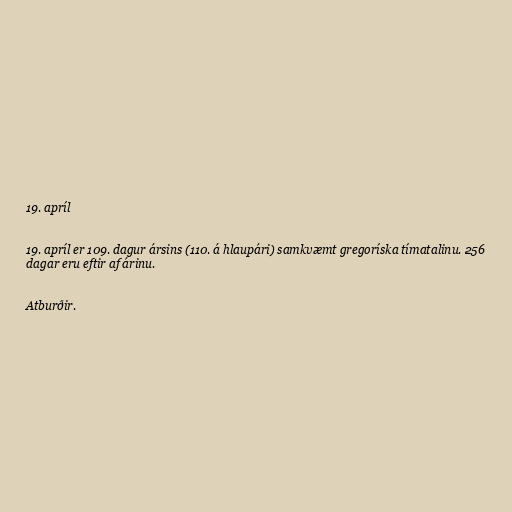
19. apríl

19. apríl er 109. dagur ársins (110. á hlaupári) samkvæmt gregoríska tímatalinu. 256
dagar eru eftir af árinu.

Atburðir.